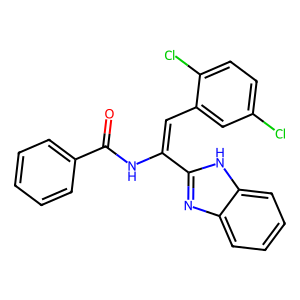
SMILES: O=C(NC(=Cc1cc(Cl)ccc1Cl)c1nc2ccccc2[nH]1)c1ccccc1
Inhibits HIV replication: No